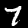
Digit: 7